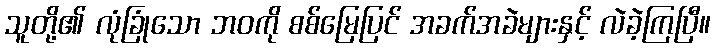
သူတို့၏ လုံခြုံသော ဘဝကို စစ်မြေပြင် အခက်အခဲများနှင့် လဲခဲ့ကြပြီ။